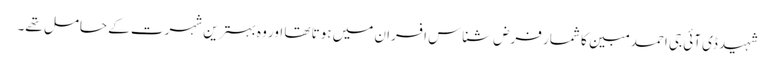
شہید ڈی آئی جی احمد مبین کا شمار فرض شناس افسران میں ہوتا تھا اور وہ بہترین شہرت کے حامل تھے۔